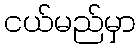
ငယ်မည်မှာ